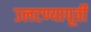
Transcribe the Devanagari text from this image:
उलटण्यापूर्वी